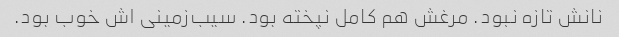
نانش تازه نبود. مرغش هم کامل نپخته بود. سیب‌زمینی‌ اش خوب بود.